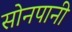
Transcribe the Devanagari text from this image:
सोनपानी